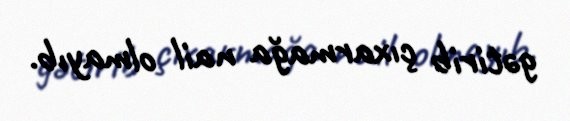
gətirib çıxarmağa nail olmayıb.